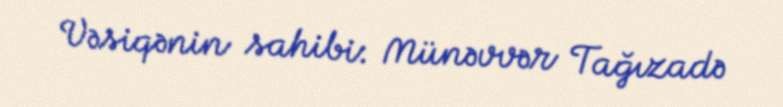
Vəsiqənin sahibi: Münəvvər Tağızadə